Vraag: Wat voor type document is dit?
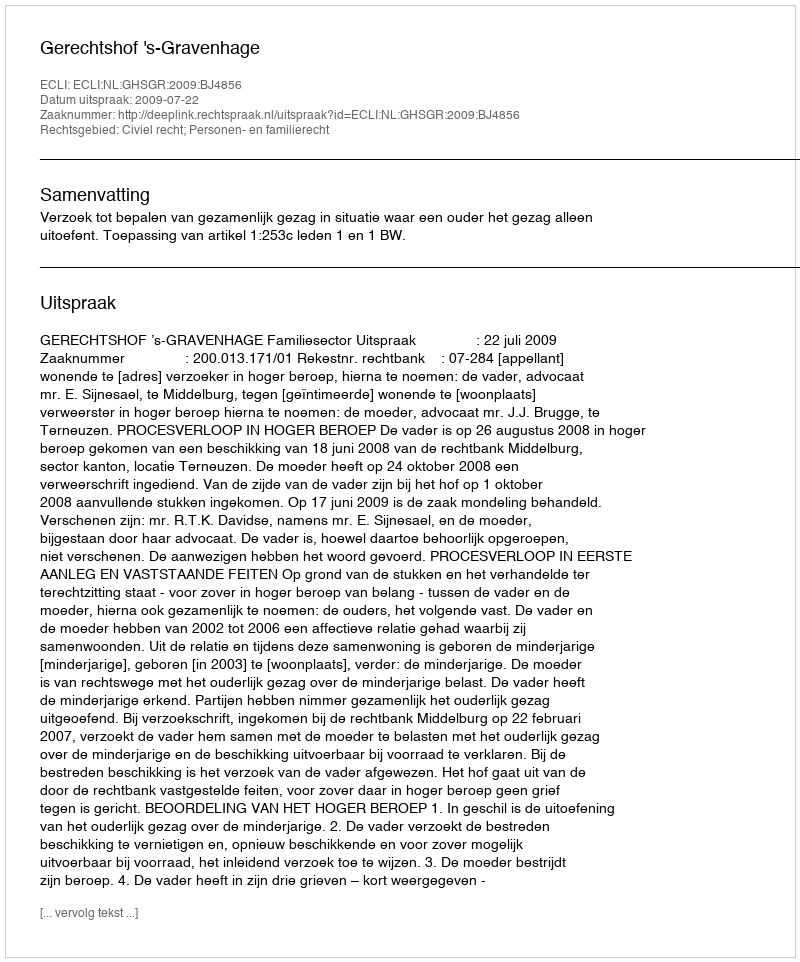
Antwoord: Uitspraak